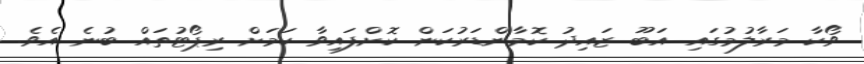
ވޯކާ މަރާލުމުގައި އަބޫ ޒައިދު ކޮމާންޑަރުކަން ކޮށްފައިވާ ކަމަށް ރިޕޯޓުތައް ބުނެ އެވެ.